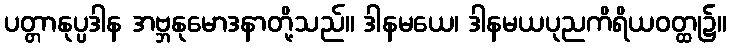
ပတ္တာနုပ္ပဒါန အဗ္ဘနုမောဒနာတို့သည်။ ဒါနမယေ၊ ဒါနမယပုညကိရိယဝတ္ထု၌။